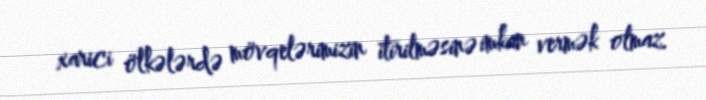
xarici ölkələrdə mövqelərimizin itirilməsinə imkan vermək olmaz.